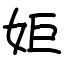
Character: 姖